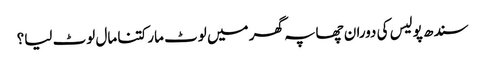
سندھ پولیس کی دوران چھاپہ گھر میں لوٹ مار کتنا مال لوٹ لیا؟